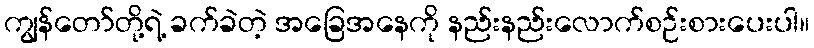
ကျွန်တော်တို့ရဲ့ ခက်ခဲတဲ့ အခြေအနေကို နည်းနည်းလောက်စဉ်းစားပေးပါ။